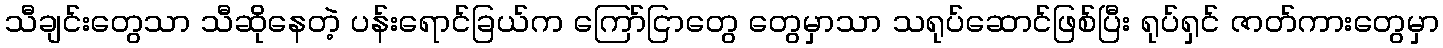
သီချင်းတွေသာ သီဆိုနေတဲ့ ပန်းရောင်ခြယ်က ကြော်ငြာတွေ တွေမှာသာ သရုပ်ဆောင်ဖြစ်ပြီး ရုပ်ရှင် ဇာတ်ကားတွေမှာ